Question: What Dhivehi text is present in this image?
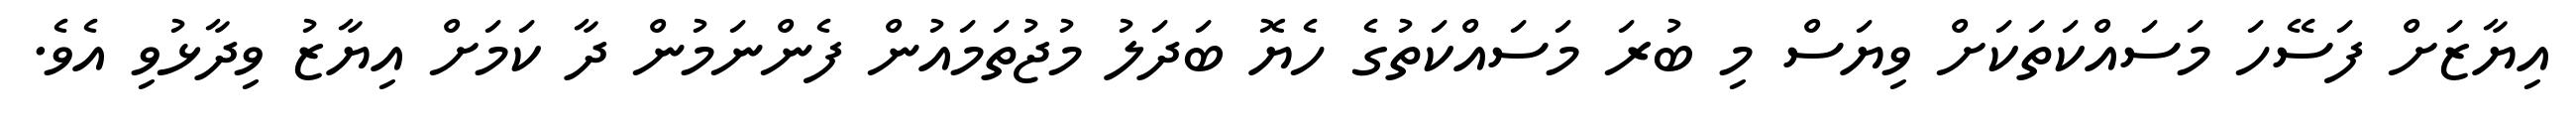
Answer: އިޔާޒަށް ފަސޭހަ މަސައްކަތަކަށް ވިޔަސް މި ބުރަ މަސައްކަތުގެ ހެޔޮ ބަދަލު މުޖުތަމައުން ފެންނަމުން ދާ ކަމަށް އިޔާޒު ވިދާޅުވި އެވެ.